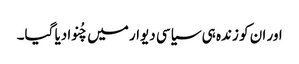
اور ان کو زندہ ہی سیاسی دیوار میں چُنوادیا گیا۔